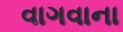
વાગવાના